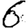
Digit: 6